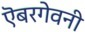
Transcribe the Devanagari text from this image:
ऎबरगेवनी